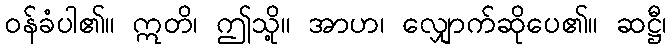
ဝန်ခံပါ၏။ ဣတိ၊ ဤသို့။ အာဟ၊ လျှောက်ဆိုပေ၏။ ဆဋ္ဌီ၊